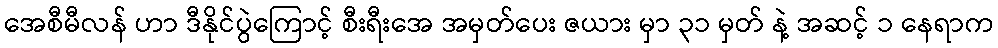
အေစီမီလန် ဟာ ဒီနိုင်ပွဲကြောင့် စီးရီးအေ အမှတ်ပေး ဇယား မှာ ၃၁ မှတ် နဲ့ အဆင့် ၁ နေရာက